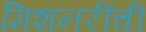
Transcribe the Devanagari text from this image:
मिशनरींची